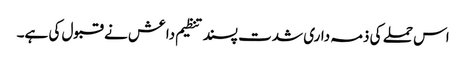
اس حملے کی ذمہ داری شدت پسند تنظیم داعش نے قبول کی ہے۔